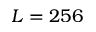
L = 2 5 6